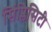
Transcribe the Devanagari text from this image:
सिंप्लिसिटी